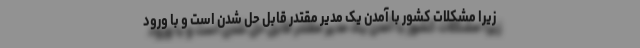
زیرا مشکلات کشور با آمدن یک مدیر مقتدر قابل حل شدن است و با ورود